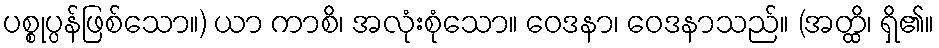
ပစ္စုပ္ပန်ဖြစ်သော။) ယာ ကာစိ၊ အလုံးစုံသော။ ဝေဒနာ၊ ဝေဒနာသည်။ (အတ္ထိ၊ ရှိ၏။